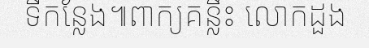
ទីកន្លែង៕ពាក្យគន្លឹះ លោកដួង